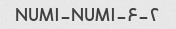
۲-NUM۱-NUM۱-۶